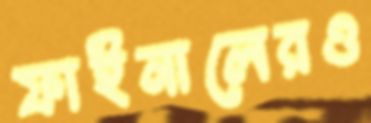
ফাইনালেরও